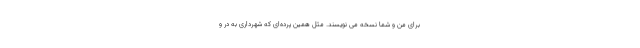
برای من و شما نسخه می نویسند. مثل همین پرده‌ای که شهرداری به در و